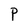
Character: P